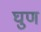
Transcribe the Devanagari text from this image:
घुण